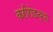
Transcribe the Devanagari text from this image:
करीरोडच्या